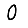
Digit: 0